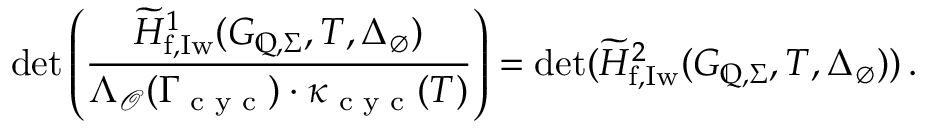
\operatorname* { d e t } \left( \frac { \widetilde { H } _ { \mathrm { f , I w } } ^ { 1 } ( G _ { \mathbb { Q } , \Sigma } , T , \Delta _ { \emptyset } ) } { \Lambda _ { \mathcal { O } } ( \Gamma _ { \textup { c y c } } ) \cdot \kappa _ { \textup { c y c } } ( T ) } \right) = \operatorname* { d e t } ( \widetilde { H } _ { \mathrm { f , I w } } ^ { 2 } ( G _ { \mathbb { Q } , \Sigma } , T , \Delta _ { \emptyset } ) ) \, .